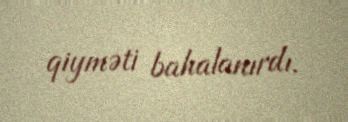
qiyməti bahalanırdı.